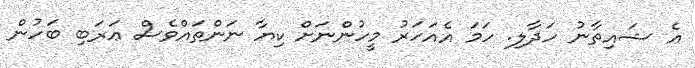
އެ ޝައިތާނު ހަދާލި. ހަމަ އެއަހަރު މީހުންނަށް ކިޔާ ނަންތައްވެސް ޢަރަބި ބަހުން